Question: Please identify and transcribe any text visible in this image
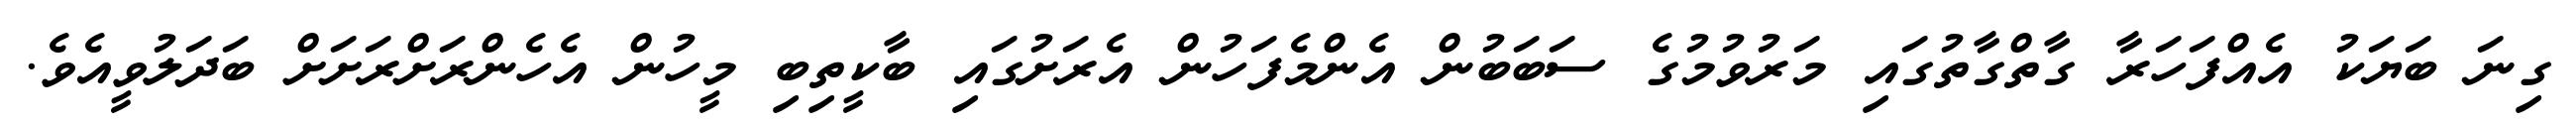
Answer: ގިނަ ބަޔަކު އެއްފަހަރާ ގާތްގާތުގައި މަރުވުމުގެ ސަބަބުން އެންމެފަހުން އެރަށުގައި ބާކީތިބި މީހުން އެހެންރަށްރަށަށް ބަދަލުވީއެވެ.